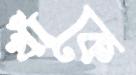
খাঁকে